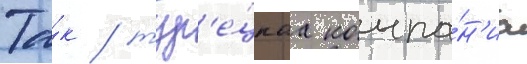
Та́к / тур'е́цкаа компа́н'иа